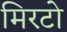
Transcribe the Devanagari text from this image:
मिरटो